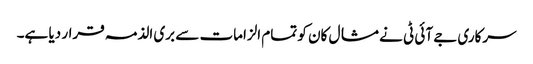
سرکاری جے آئی ٹی نے مشال کان کو تمام الزامات سے بری الذمہ قرار دیا ہے۔